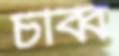
চব্বি